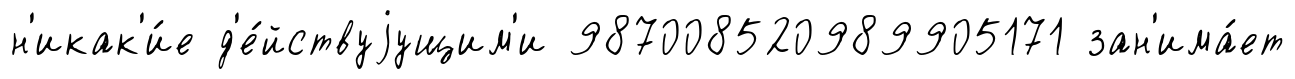
н'икак'и́е д'е́йствуjущим'и 987008520989905171 зан'има́ет